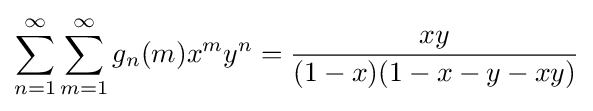
\displaystyle \sum _{n=1}^{\infty }\sum _{m=1}^{\infty }g_{n}(m)x^{m}y^{n}={\frac {xy}{(1-x)(1-x-y-xy)}}